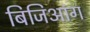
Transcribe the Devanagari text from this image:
बिजिआंग